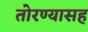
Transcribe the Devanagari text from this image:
तोरण्यासह